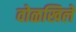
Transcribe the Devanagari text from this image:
वोळखिले